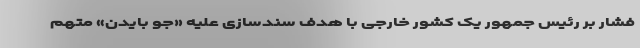
فشار بر رئیس جمهور یک کشور خارجی با هدف سندسازی علیه «جو بایدن» متهم